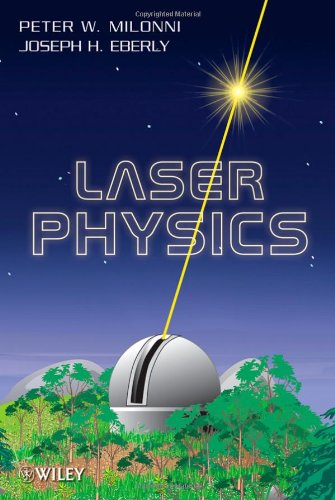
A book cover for Laser Physics; Peter W. Milonni; Science & Math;